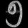
Digit: ၅